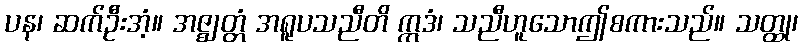
ပန၊ ဆက်ဦးအံ့။ အဇ္ဈတ္တံ အရူပသညီတိ ဣဒံ၊ သညီဟူသောဤစကားသည်။ သတ္ထု၊